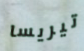
تيريسا